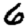
Digit: 6